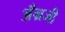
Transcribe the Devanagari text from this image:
अँग्रजी